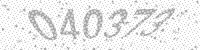
Solution: 040373